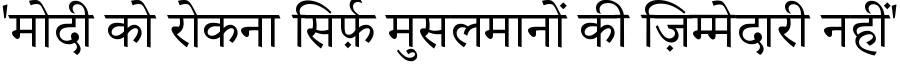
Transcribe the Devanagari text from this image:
'मोदी को रोकना सिर्फ़ मुसलमानों की ज़िम्मेदारी नहीं'